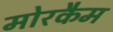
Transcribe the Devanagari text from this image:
मोरकैम